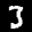
Label: 3